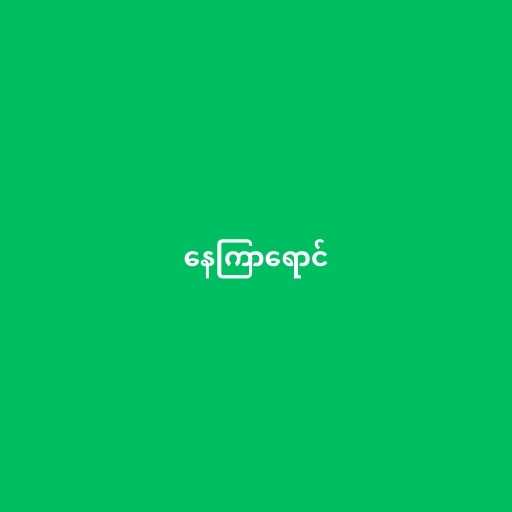
နေကြာရောင်